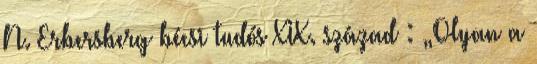
N. Erbersberg bécsi tudós XIX. század : „Olyan a